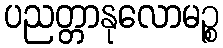
ပညတ္တာနုလောမဉ္စ